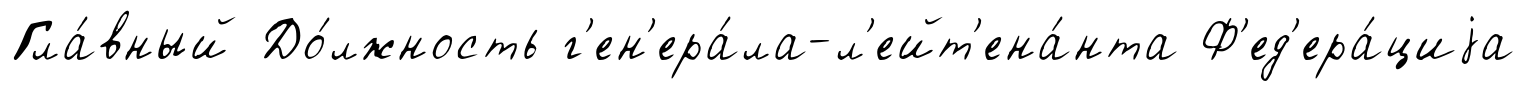
Гла́вный До́лжность г'ен'ера́ла-л'ейт'ена́нта Ф'ед'ера́циjа